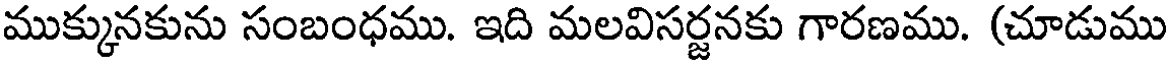
ముక్కునకును సంబంధము. ఇది మలవిసర్జనకు గారణము. (చూడుము